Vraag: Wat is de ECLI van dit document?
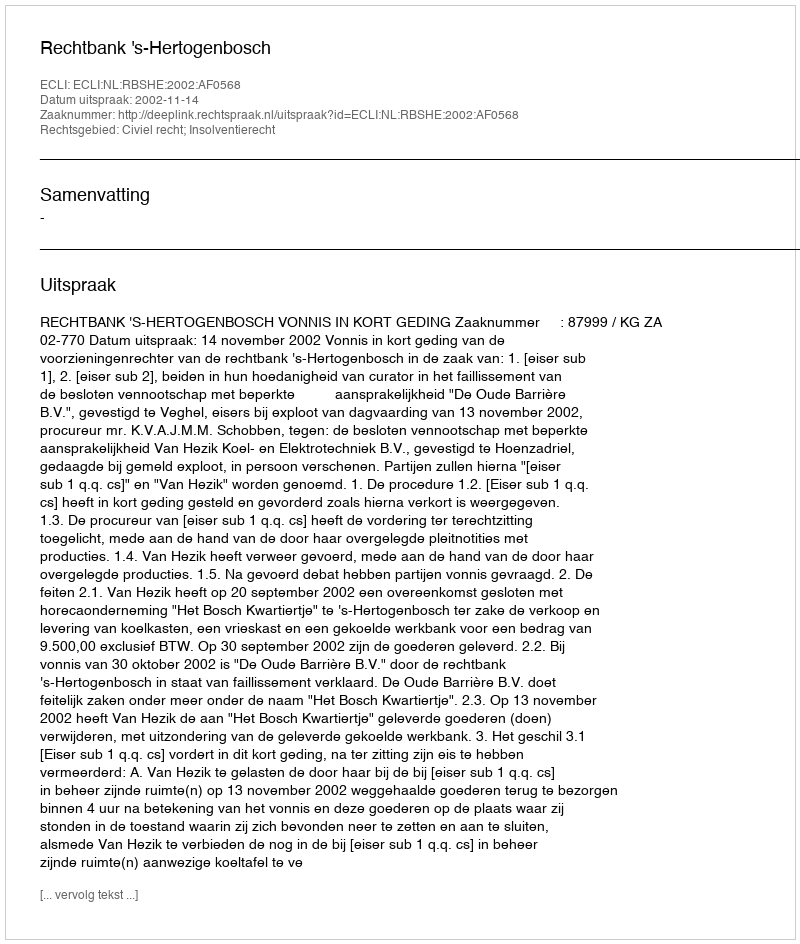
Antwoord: ECLI:NL:RBSHE:2002:AF0568